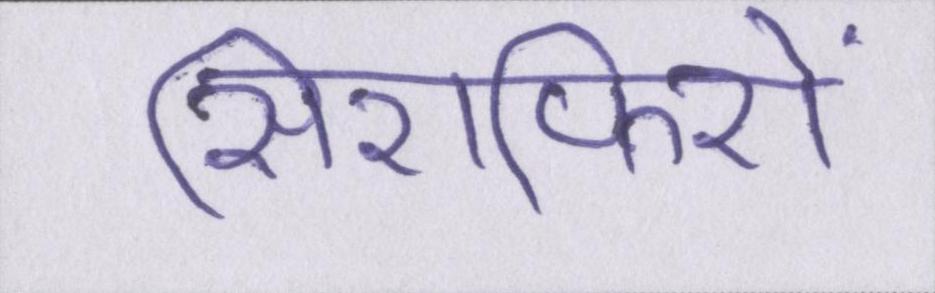
सिरफिरों